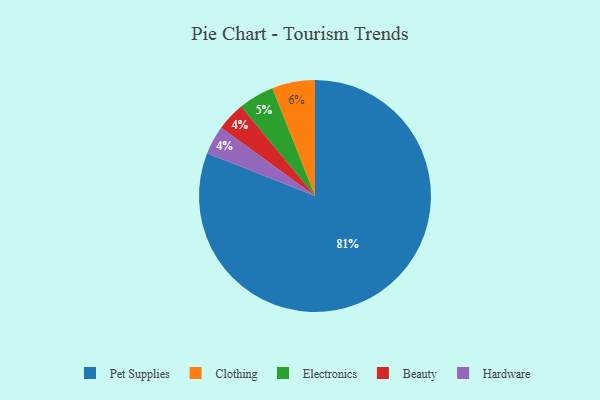
{"axis": {"x": "Category", "y": "Percentage"}, "legend": ["Beauty", "Clothing", "Electronics", "Hardware", "Pet Supplies"], "data": [{"x": "Beauty", "y": 4, "type": "Beauty"}, {"x": "Hardware", "y": 4, "type": "Hardware"}, {"x": "Clothing", "y": 6, "type": "Clothing"}, {"x": "Electronics", "y": 5, "type": "Electronics"}, {"x": "Pet Supplies", "y": 81, "type": "Pet Supplies"}]}